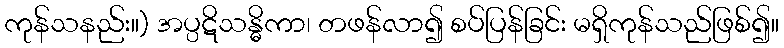
ကုန်သနည်း။) အပ္ပဋိသန္ဓိကာ၊ တဖန်လာ၍ စပ်ပြန်ခြင်း မရှိကုန်သည်ဖြစ်၍။